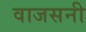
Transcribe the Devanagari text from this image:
वाजसनी